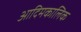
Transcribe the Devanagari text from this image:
आदिमकालिक